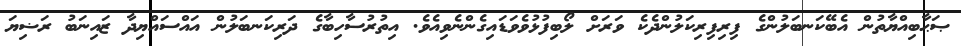
ޞަޙާބިއްޔާތުން އެބޭކަނބަލުންގެ ފިރިފިރިކަލުންދެކެ ވަރަށް ލޯބިފުޅުވެވަޑައިގެންނެވިއެވެ. އިތުރުސާހިބާގެ ދަރިކަނބަލުން އައްސައްޔިދާ ޒައިނަބު ރަޟިޔަ